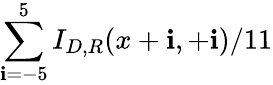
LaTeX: \sum_{\mathbf{i}=-5}^{5}I_{D,R}(x+\mathbf{i},+\mathbf{i})/11